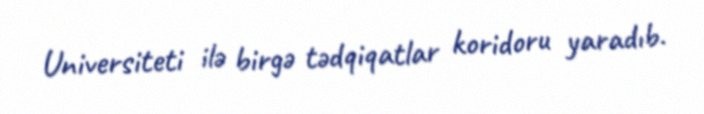
Universiteti ilə birgə tədqiqatlar koridoru yaradıb.